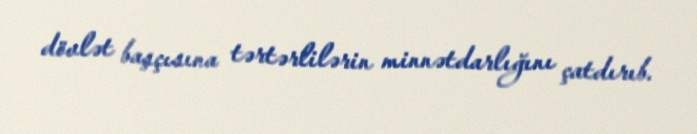
dövlət başçısına tərtərlilərin minnətdarlığını çatdırıb.